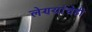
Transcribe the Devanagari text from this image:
लेण्यांचेही